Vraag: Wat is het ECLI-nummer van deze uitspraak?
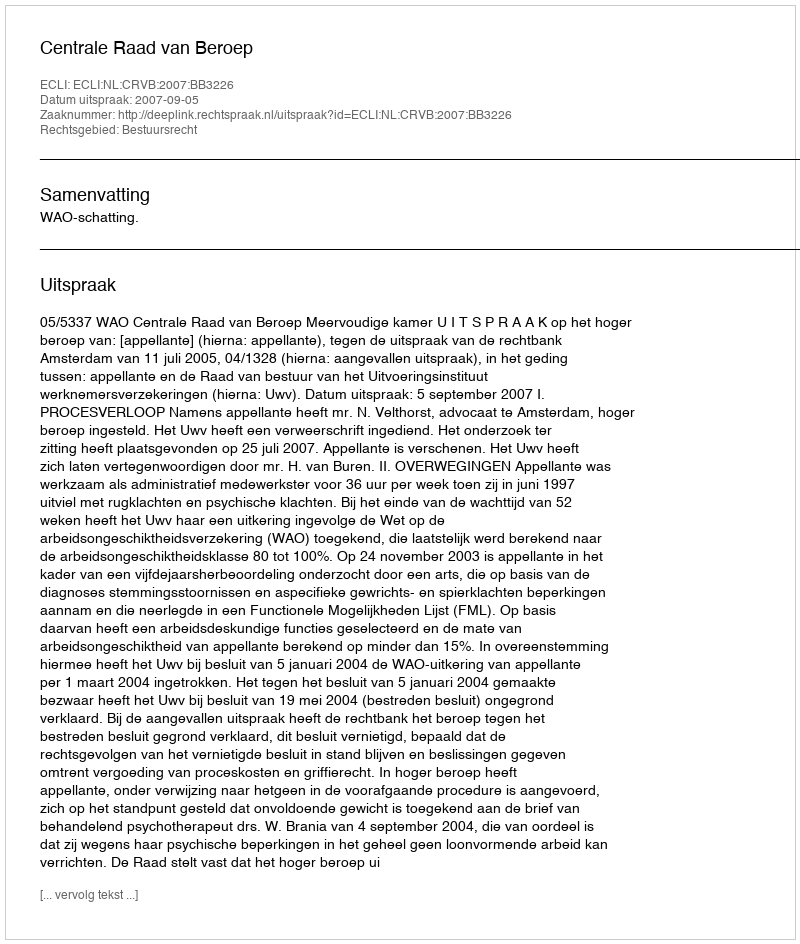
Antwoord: ECLI:NL:CRVB:2007:BB3226